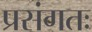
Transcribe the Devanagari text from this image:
प्रसंगतः